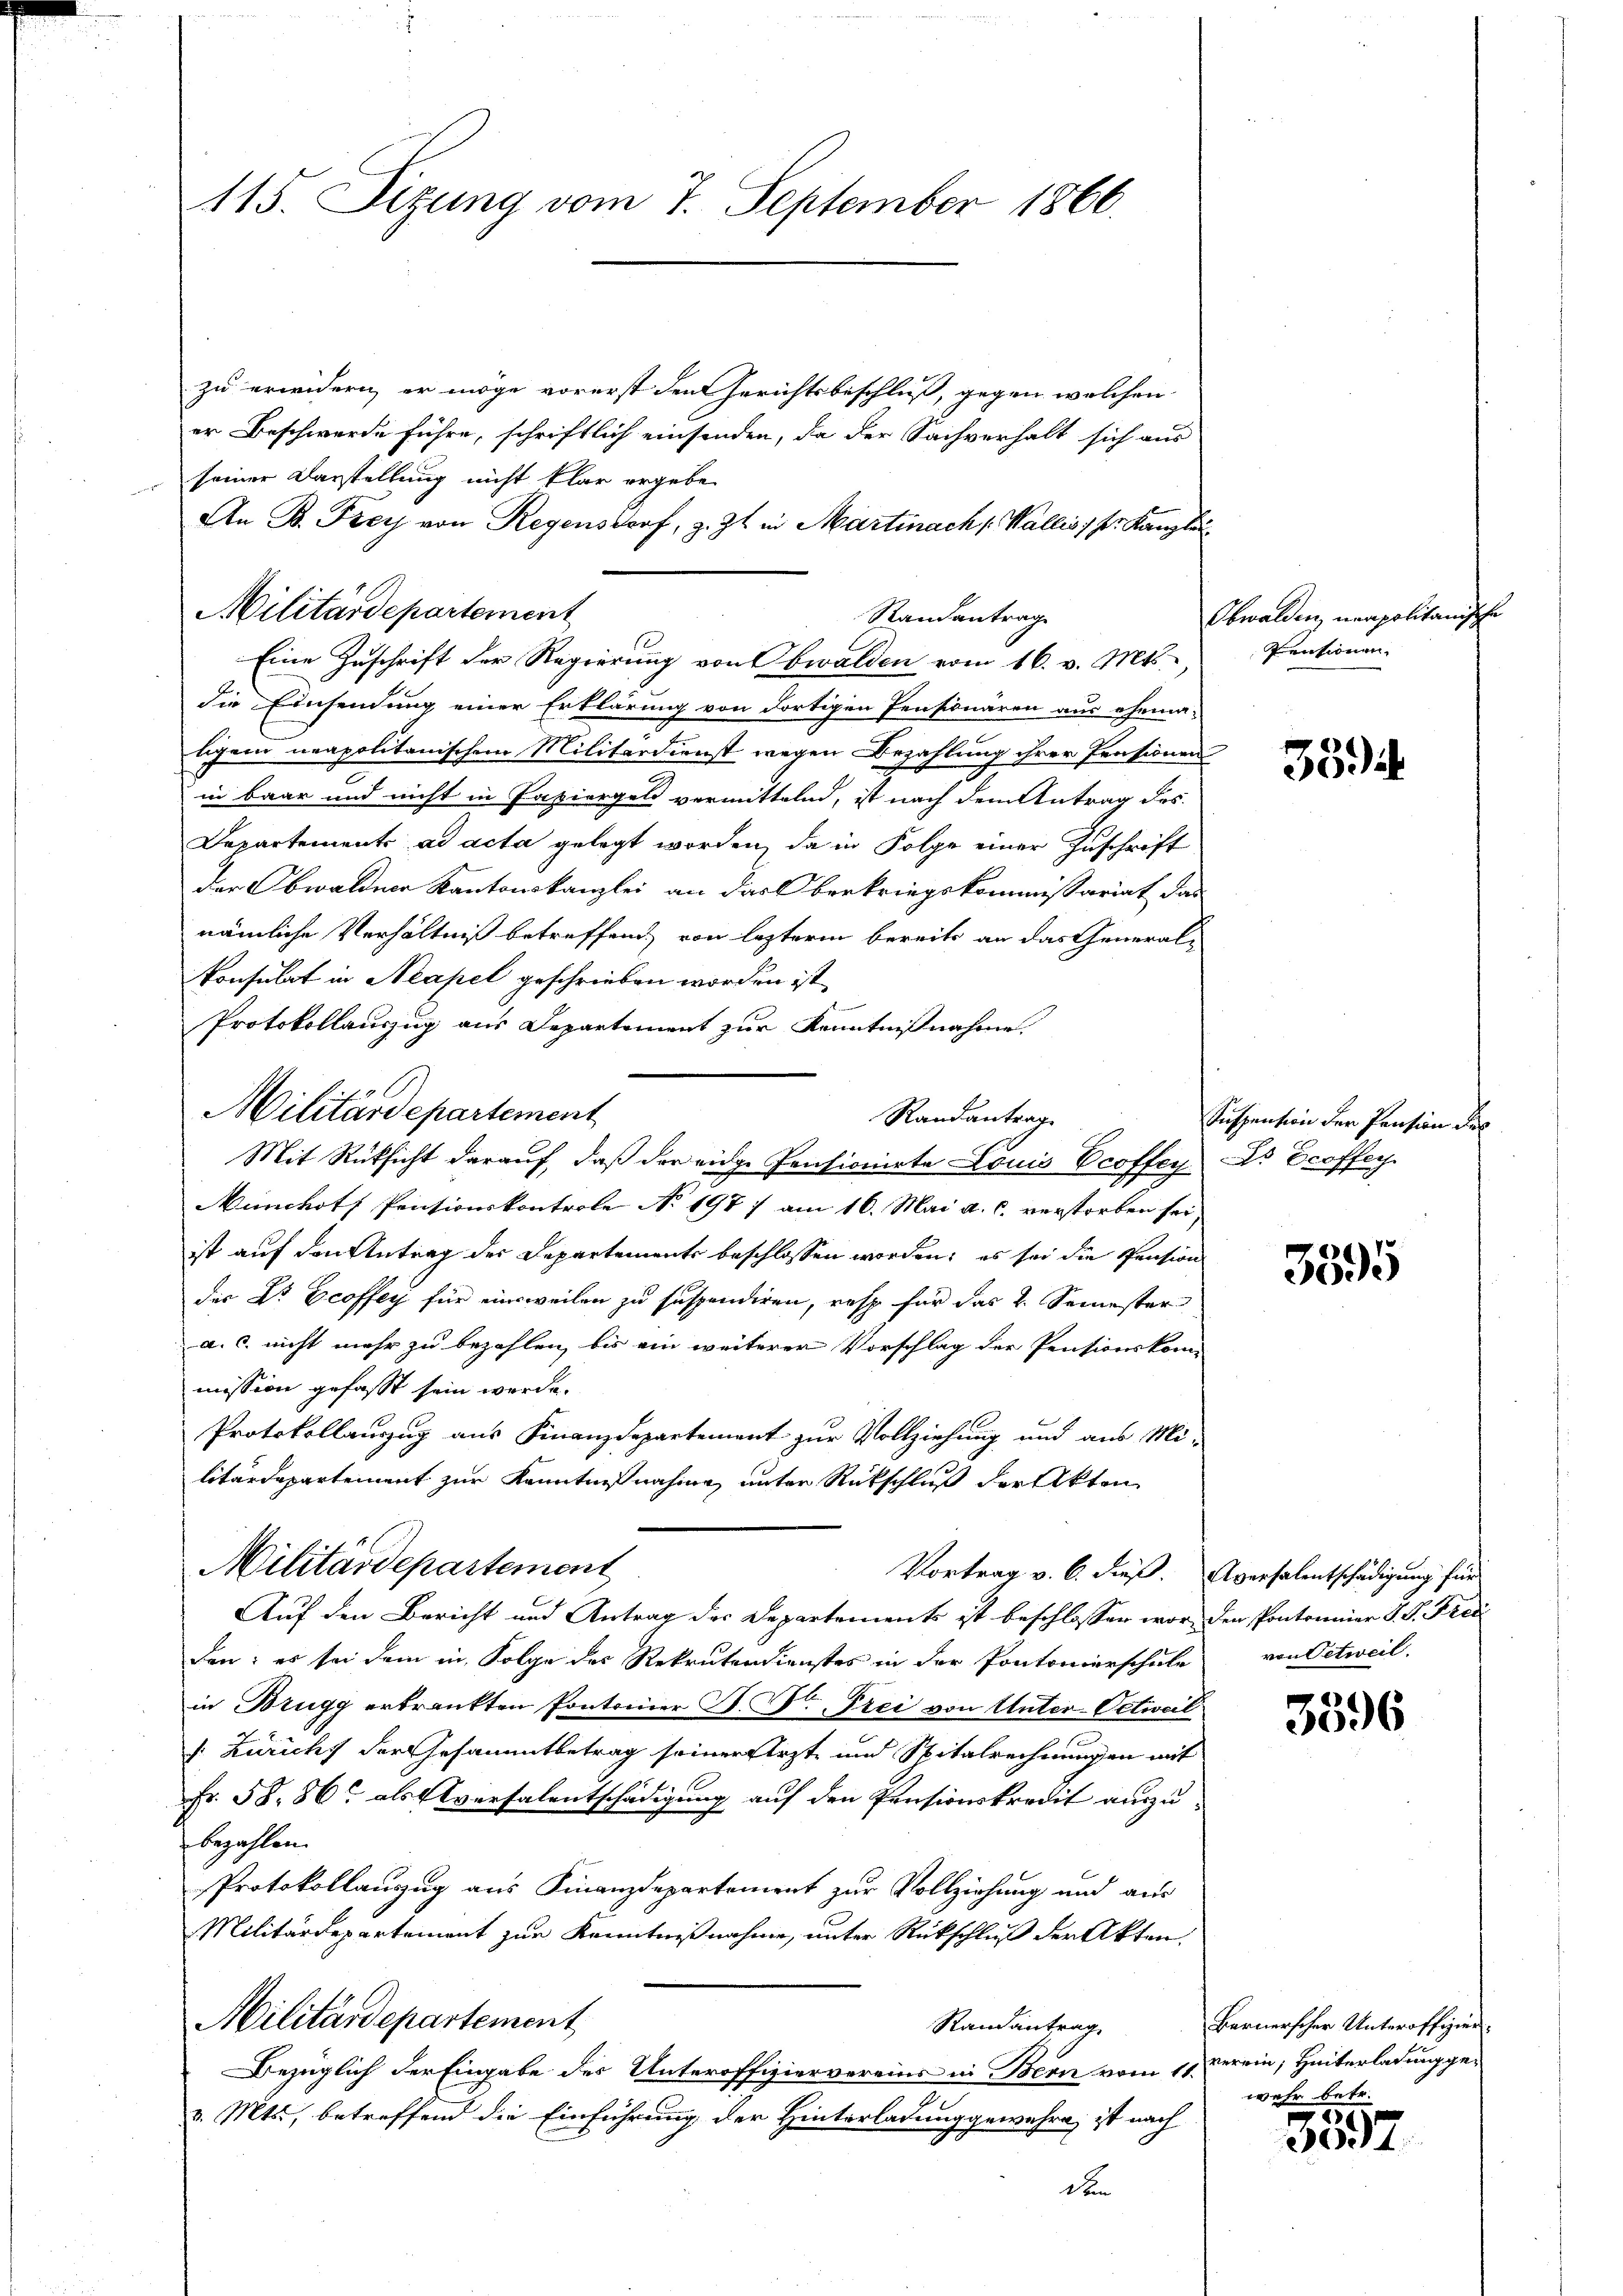
115. Sizung vom 7. September 1866.

zu erwidern, er möge vorerst den Gerichtsbeschluß, gegen welchen
er Beschwerde führe, schriftlich einsenden, da der Sachverhalt sich aus
seiner Darstellung nicht klar ergebe
An B. Frey von Regensdorf, z. Zt. in Martinach Wallis 1 pr. Kanzlei
Militärdepartement
Randantrag

Eine Zuschrift der Regierung von Obwalden vom 16. v. Mts.,

Militärdepartement

Randantrag
Mit Rüksicht darauf, daß der eidge Pensionirte Louis Ecoffey

die Einsendung einer Erklärung von dortigen Pensionaren aus ehema-
tigen neapolitanischem Militärdienst wegen Bezahlung ihrer Pensionen
in baar und nicht in Papiergel vermittelnd, ist nach dem Antrag des
Departement ad acta gelegt worden, da in Folge einer Zuschrift
der Obwaldner Kantonskanzlei an das Oberkriegskommissariat das
nämliche Verhältniß betreffend, von lezteren bereits an das Generalkonsulat in Neapel geschrieben worden ist.
Protokollanzug aus Departement zur Kenntnißnahme
Münchotf Pensionskontrole No 197 ; am 16. Mai a. c. verstorben sei,
ist auf den Antrag des Departements beschlossen worden; es sei die Pension
die Dr. Ecoffey für einweilen zu suspendiren, resp. für das V. Semester
a. c. nicht mehr zu bezahlen, bis ein weiterer Vorschlag der Pensionskom-
mission gefasst sein werde.
Protokollauszug aus Finanzdepartement zur Vollziehung und aus Mi-
litärdepartement zur Kenntnißnahme unter Rückschluß der Akten
Militärdepartement
Vortrag v. 6. dieß. Aversalentschädigung für
Auf den Bericht und Antrag des Departements ist beschlossen worden Pontonnier J. J. Pred
den; es sei dem in Folge des Rekrutendienstes in der Pontonierschule
in Brugg erkrankten Pontomier J. H. Prei von Unter-Oetweil
: Züricht der Gesammtbetrag seiner Arzt und Spitalrechnungen mit
Fr. 58. 86 als Aversalentschädigung auf den Pensionskredit auszubezahlen.
Protokollauszug aus Finanzdepartement zur Vollziehung und aus
Militärdepartement zur Kenntnißnahme, unter Rückschluß der Akten,
Militärdepartement
Randantrag.
Bezüglich der Eingabe des Unteroffiziervereins in Bern vom 11. Verein, Hinterladung ge¬
2
v. Mts., betreffend die Einführung der Hinterladung gewahre, ist nach
dem

Obwalden neapolitanische
Pensionen.

3594

Suspension der Pension des
Ds Droffenh

3595

von Oetweil.

3596

Bernerscher Unteroffizienwehr betr.

3897